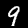
Digit: 9